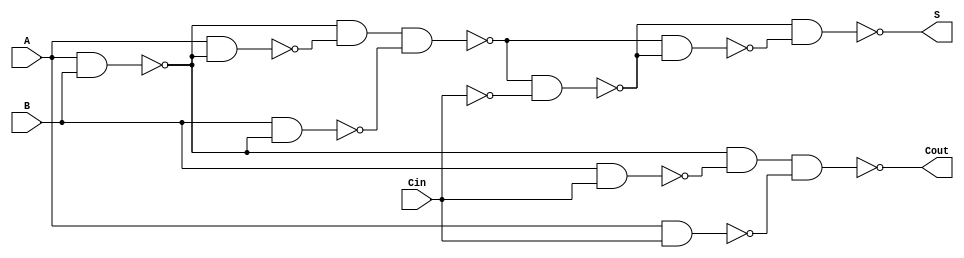
module NegativeCircuitFullAdder (
    input wire A,      // First input bit
    input wire B,      // Second input bit
    input wire Cin,    // Carry-in bit
    output wire S,     // Sum output
    output wire Cout    // Carry-out output
);

// Intermediate signals for XOR and AND operations
wire AB_nand, A_Cin_nand, B_Cin_nand;
wire A_xor_B, A_xor_B_xor_Cin;

// Implementing XOR using NAND gates
assign AB_nand = ~(A & B); // NAND of A and B
assign A_xor_B = ~(AB_nand & ~(A & AB_nand) & ~(B & AB_nand)); // A XOR B

assign A_xor_B_xor_Cin = ~(A_xor_B & ~Cin); // (A XOR B) NAND Cin
assign S = ~(A_xor_B_xor_Cin & ~(A_xor_B & A_xor_B_xor_Cin)); // Final S = A XOR B XOR Cin

// Implementing AND using NAND gates for Cout
assign A_B_nand = ~(A & B); // NAND of A and B
assign B_Cin_nand = ~(B & Cin); // NAND of B and Cin
assign A_Cin_nand = ~(A & Cin); // NAND of A and Cin

// Cout = (A AND B) OR (B AND Cin) OR (A AND Cin)
// Using De Morgan's theorem: Cout = ~(A_B_nand & B_Cin_nand & A_Cin_nand)
assign Cout = ~(A_B_nand & B_Cin_nand & A_Cin_nand);

endmodule